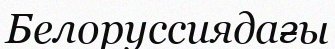
Белоруссиядағы